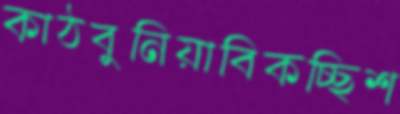
কাঠবুনিয়াবিকচ্ছিশ